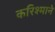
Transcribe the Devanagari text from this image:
करिश्माने